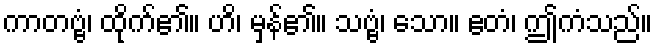
ကာတဗ္ဗံ၊ ထိုက်၏။ ဟိ၊ မှန်၏။ သဗ္ဗံ၊ သော။ ဧတံ၊ ဤကံသည်။